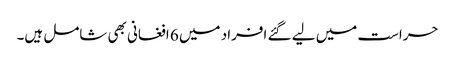
حراست میں لیے گئے افراد میں 6 افغانی بھی شامل ہیں۔